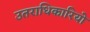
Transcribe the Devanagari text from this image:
उतराधिकारियो